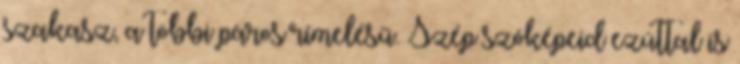
szakasz, a többi páros rímelésű. Szép szóképeid ezúttal is